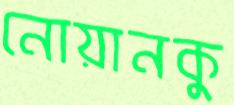
নোয়ানকু